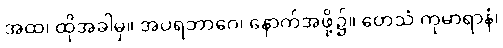
အထ၊ ထိုအခါမှ။ အပရဘာဂေ၊ နောက်အဖို့၌။ တေသံ ကုမာရာနံ၊